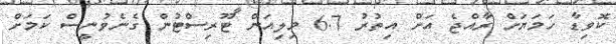
ކޮވިޑާ ހަމަޔަށް ރާއްޖެ އަށް އިތުރު 6.7 މިލިއަން ޓޫރިސްޓުން ގެނެވުނީސް ކަމަށް